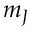
m _ { J }